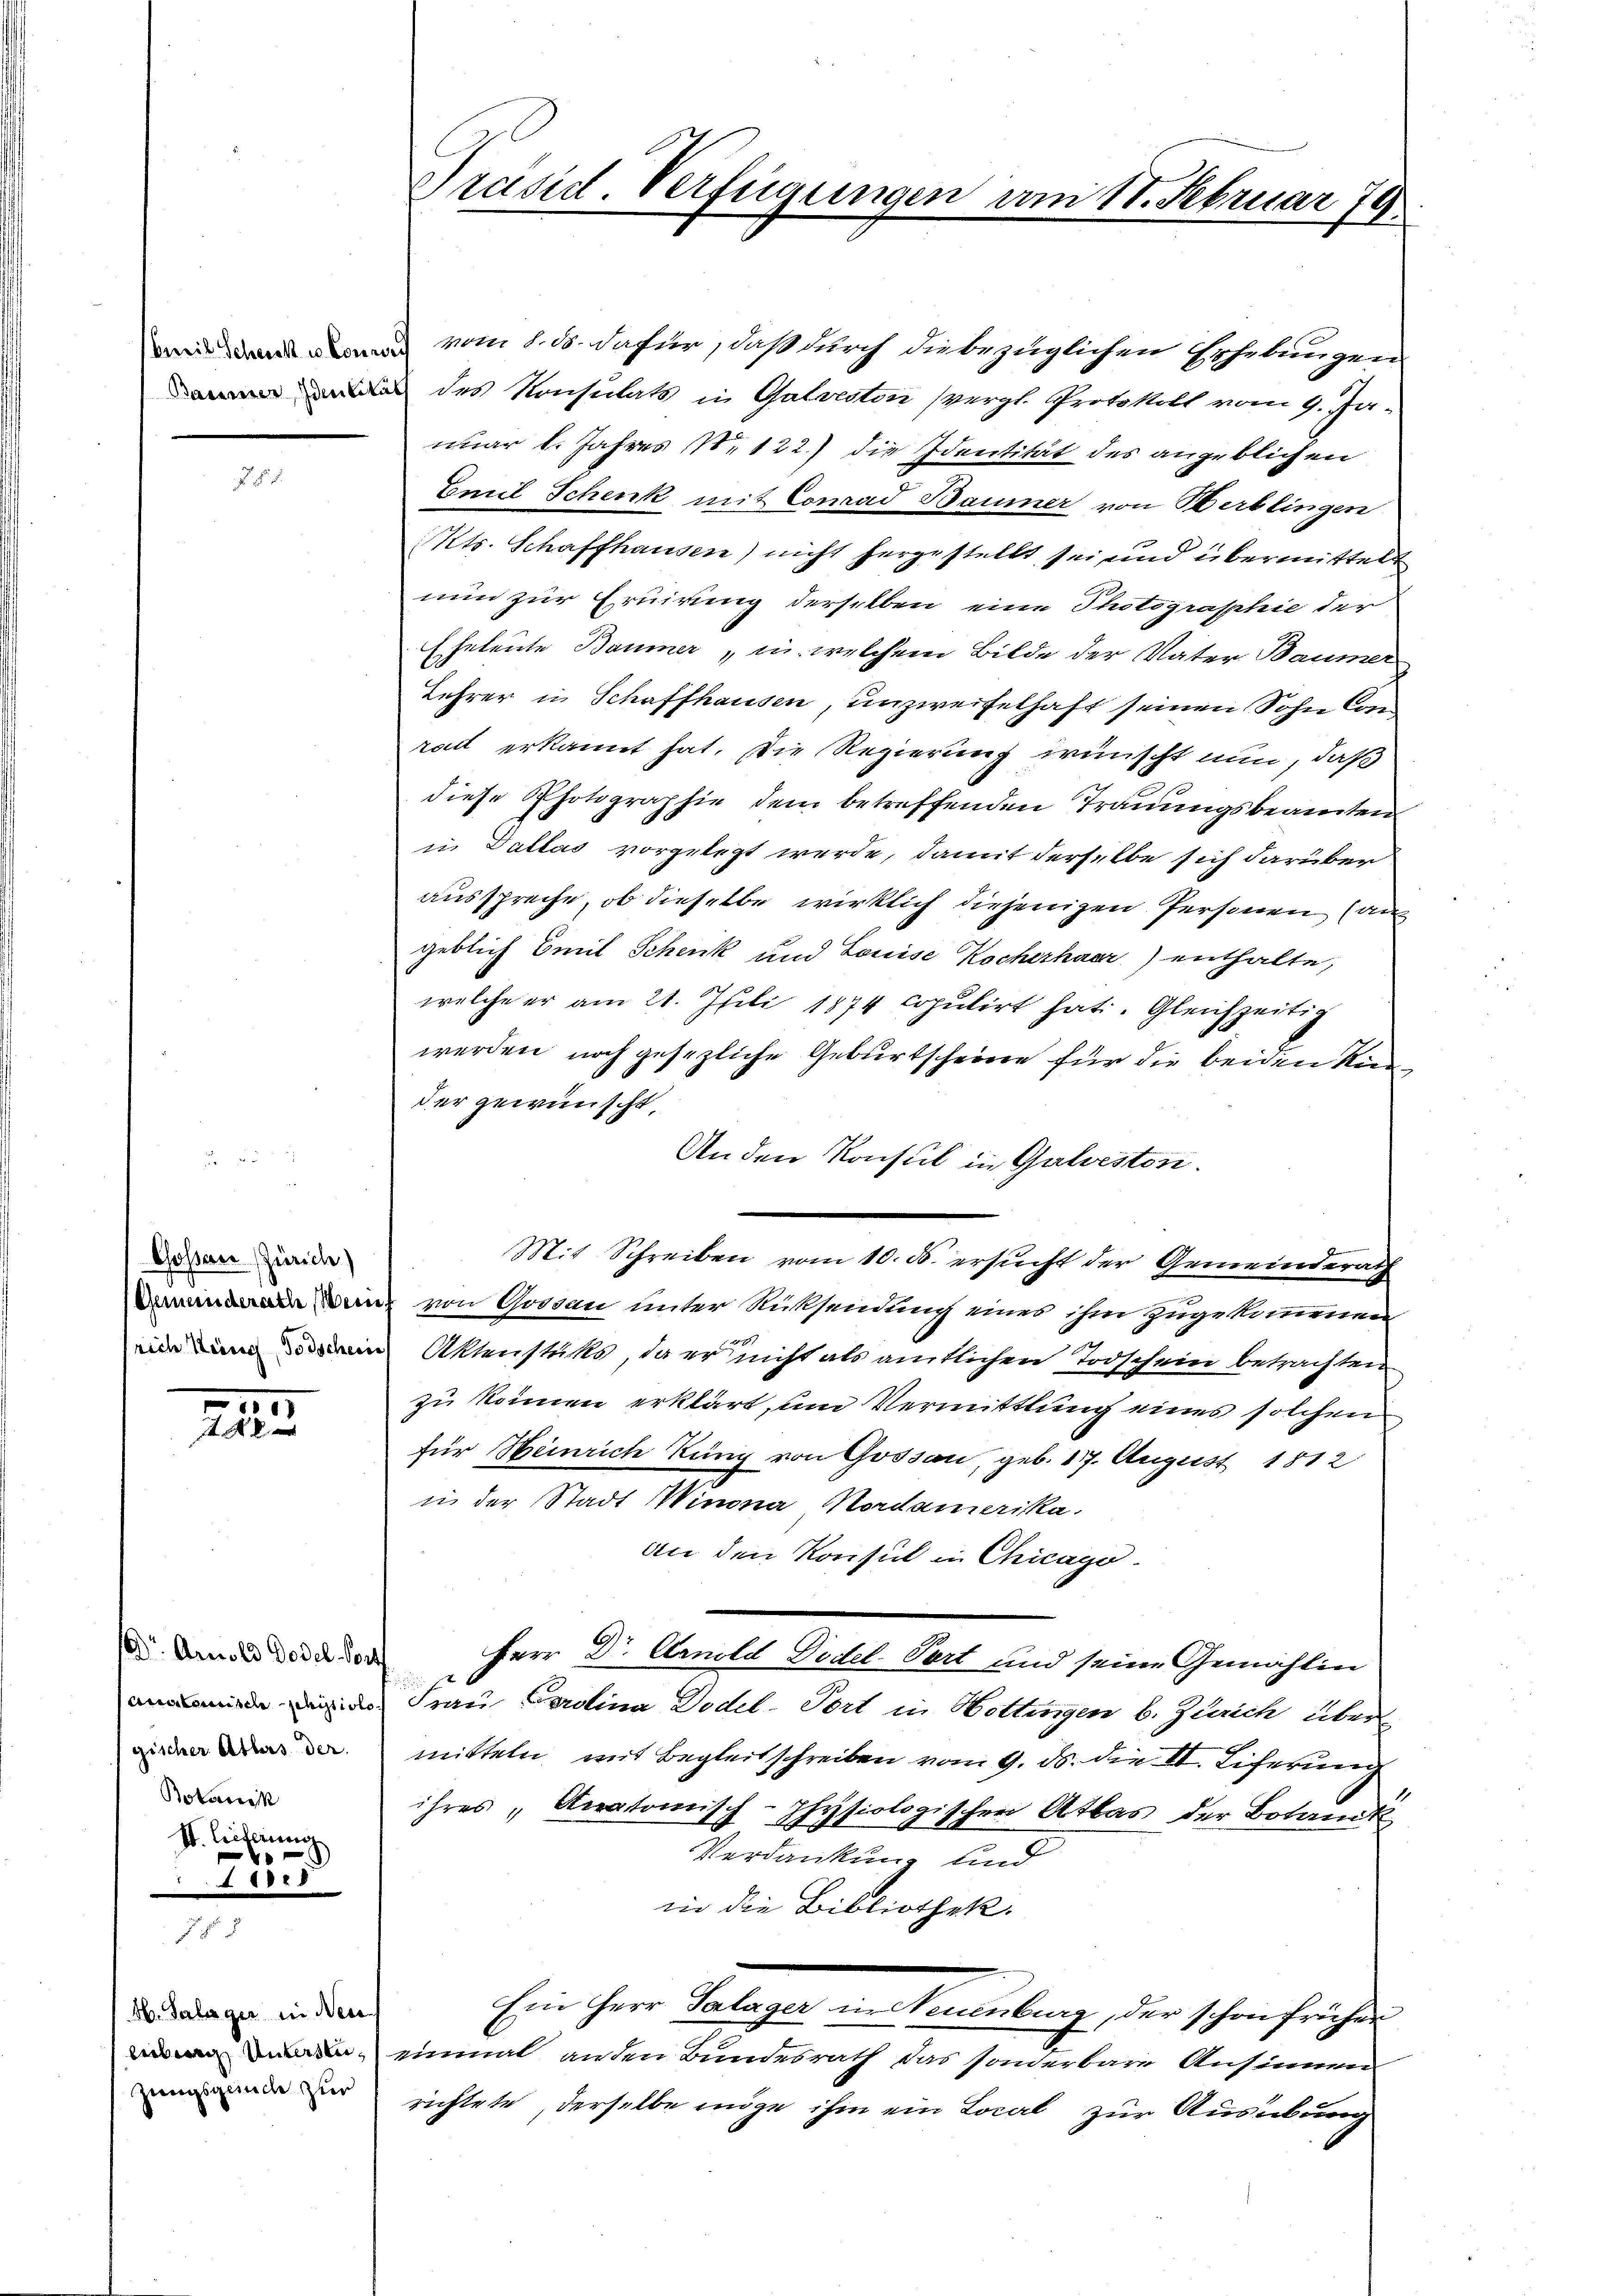
III.

gischer Athers der
Botani
St. Bischeinung

.

Gossar (Zürich)

21

H. Salager in Neu
Zuugsgesuche zur

Präsid. Verfügungen am 11. Februar 79

vom 8. ds. dafür, daß durch die bezüglichen Erhebungen
as des Konsulats in Galveston (vergl. Protokoll vom 9. Januar 1. Jahres Nr 122.) die Identität des angeblichen
Emil Schenk mit Conrad Baumer von Berblingen
Kts. Schaffhausen) nicht hergestellt sei und übermittelt
nun zur Eruirung derselben eine Photographie der
Eheleute Baumer, u. welchem Bilde der Vater Baumer
Lehrer in Schaffhausen, unzweifelhaft seinen Sohn Comradt erkannt hat. Die Regierung wünscht nun, daß
diese Photographie dem betreffenden Trauungsbeamten
in Dallas vorgelegt werde, damit derselbe sich darüber
ausspreche, ob dieselbe wirklich diejenigen Personen Can
geblich Emil Schenk und Louise Kocherhaer) enthalte,
welche er am 21. Juli 1874 copulirt hat. Gleichzeitig
werden noch gesezliche Geburtscheine für die beiden Kind
der gewünscht,
An den Konsul in Galveston.
d
Mit Schreiben vom 10. ds. ersucht der Gemeinderath
Benz von Gossau unter Rücksendung eines ihm zugekommenen
m in Aktenstücks, da er nicht als amtlichen Todschein betrachten
zu können erklärt, um Vermittlung eines solchen
für Heinrich Küng von Gossau, geb. 177. August 1812
in der Stadt Winona, Nordamerika.
An den Konsul in Chicago.
d Ander den den Herr Dr. Amild Fidel-Tart und seine Gemählin
mide die Frau Carolina Dodel-Tort in Hottingen b. Zürich übermitteln mit Begleitschreiben vom 9. ds. die II. Liferung
ihres, Anatomisch-physiologischen Atlas der Botanik
Verdankung und
in die Bibliothek.
Ein Herr Palager in Neuenburg, der schon früher
 einmal anden Bundesrath das sonderbare Ansinnen
richtete, derselbe möge ihm ein Local zur Ausübung